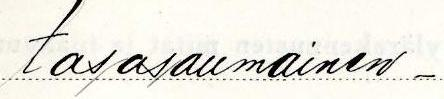
tasasaumainen -